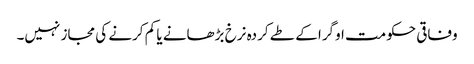
وفاقی حکومت اوگرا کے طے کردہ نرخ بڑھانے یا کم کرنے کی مجاز نہیں۔